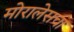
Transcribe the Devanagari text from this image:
मोरालेसचा